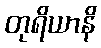
တုရိယာနိ